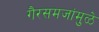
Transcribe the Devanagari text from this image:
गैरसमजांमुळे